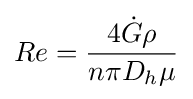
Re={\frac {4{\dot {G}}\rho }{n\pi D_{h}\mu }}